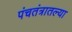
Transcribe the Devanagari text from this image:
पंचतंत्रातल्या